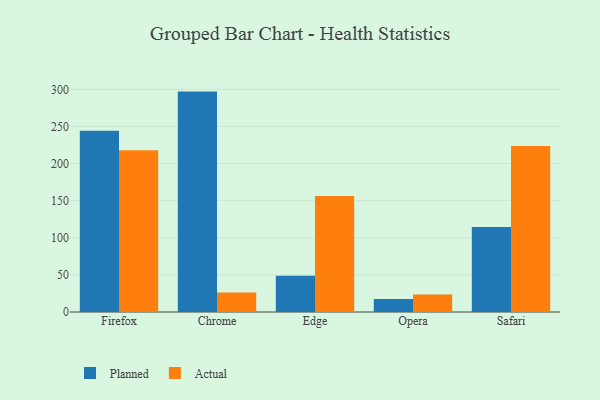
{"axis": {"x": "Browser", "y": "Website Visitors"}, "legend": ["Actual", "Planned"], "data": [{"x": "Firefox", "y": 244.0, "type": "Planned"}, {"x": "Firefox", "y": 218.0, "type": "Actual"}, {"x": "Chrome", "y": 296.9, "type": "Planned"}, {"x": "Chrome", "y": 26.2, "type": "Actual"}, {"x": "Edge", "y": 48.7, "type": "Planned"}, {"x": "Edge", "y": 156.2, "type": "Actual"}, {"x": "Opera", "y": 17.4, "type": "Planned"}, {"x": "Opera", "y": 23.7, "type": "Actual"}, {"x": "Safari", "y": 114.6, "type": "Planned"}, {"x": "Safari", "y": 223.7, "type": "Actual"}]}